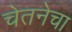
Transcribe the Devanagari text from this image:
चेतनेचा